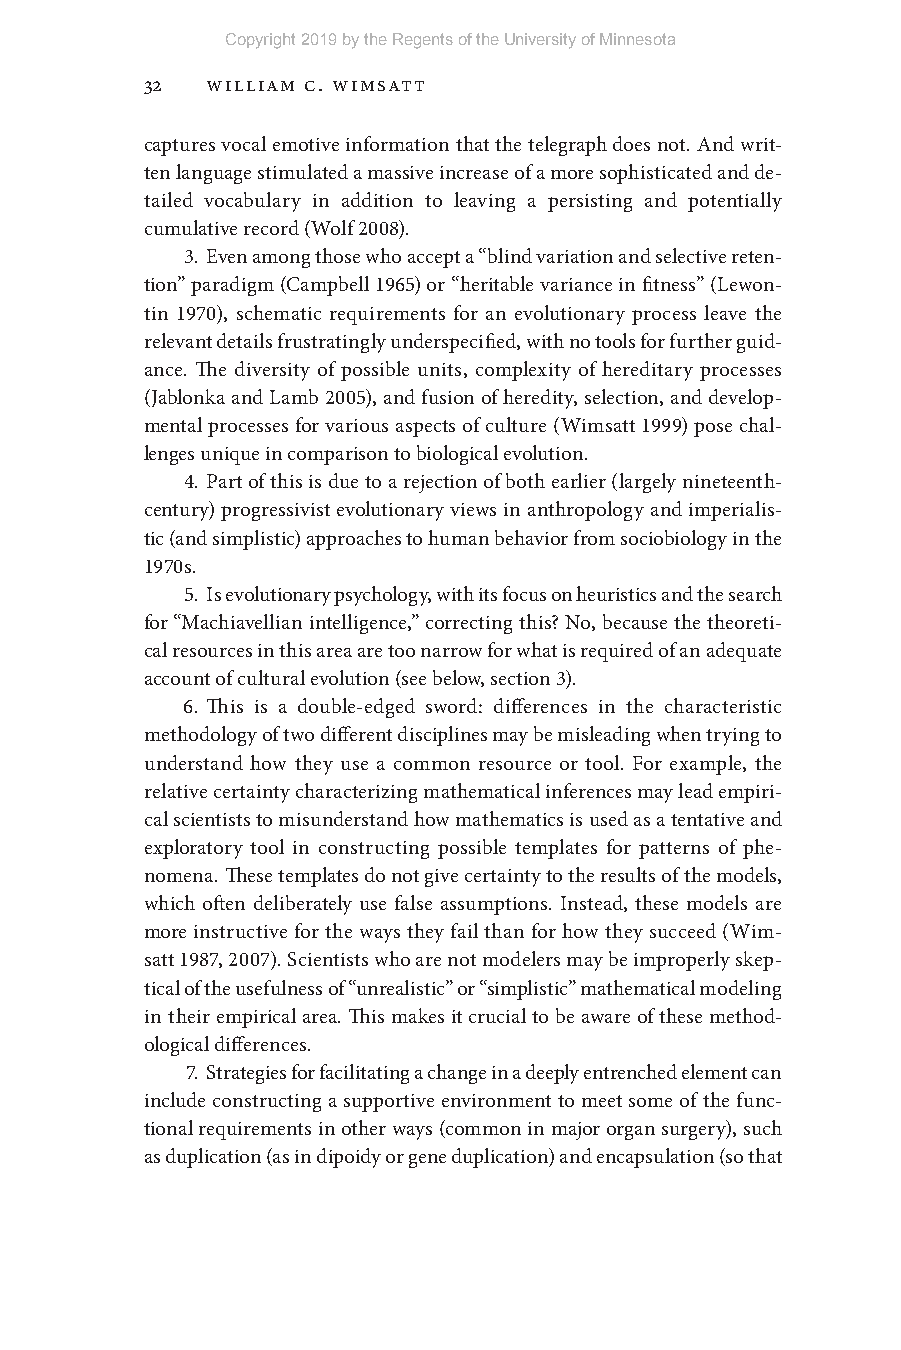
Copyright 2019 by the Regents of the University of Minnesota
 32  William C. Wimsatt
 captures vocal emotive information that the telegraph does not. And writ-
 ten language stimulated a massive increase of a more sophisticated and de-
 tailed vocabulary in addition to leaving a persisting and potentially
 cumulative record (Wolf 2008).
 3. Even among those who accept a “blind variation and selective reten-
 tion” paradigm (Campbell 1965) or “heritable variance in fitness” (Lewon-
 tin 1970), schematic requirements for an evolutionary process leave the
 relevant details frustratingly underspecified, with no tools for further guid-
 ance. The diversity of possible units, complexity of hereditary processes
 (Jablonka and Lamb 2005), and fusion of heredity, selection, and develop-
 mental processes for various aspects of culture (Wimsatt 1999) pose chal-
 lenges unique in comparison to biological evolution.
 4. Part of this is due to a rejection of both earlier (largely nineteenth-
 century) progressivist evolutionary views in anthropology and imperialis-
 tic (and simplistic) approaches to human behavior from sociobiology in the
 1970s.
 5. Is evolutionary psychology, with its focus on heuristics and the search
 for “Machiavellian intelligence,” correcting this? No, because the theoreti-
 cal resources in this area are too narrow for what is required of an adequate
 account of cultural evolution (see below, section 3).
 6. This is a double- edged sword: differences in the characteristic
 methodology of two different disciplines may be misleading when trying to
 understand how they use a common resource or tool. For example, the
 relative certainty characterizing mathematical inferences may lead empiri-
 cal scientists to misunderstand how mathematics is used as a tentative and
 exploratory tool in constructing possible templates for patterns of phe-
 nomena. These templates do not give certainty to the results of the models,
 which often deliberately use false assumptions. Instead, these models are
 more instructive for the ways they fail than for how they succeed (Wim-
 satt 1987, 2007). Scientists who are not modelers may be improperly skep-
 tical of the usefulness of “unrealistic” or “simplistic” mathematical modeling
 in their empirical area. This makes it crucial to be aware of these method-
 ological differences.
 7. Strategies for facilitating a change in a deeply entrenched element can
 include constructing a supportive environment to meet some of the func-
 tional requirements in other ways (common in major organ surgery), such
 as duplication (as in dipoidy or gene duplication) and encapsulation (so that